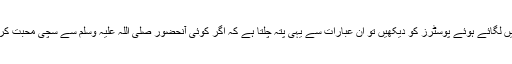
اس جلسہ کا تھیم (Theme) اور جلسہ گاہ میں لگائے ہوئے پوسٹرز کو دیکھیں تو ان عبارات سے یہی پتہ چلتا ہے کہ اگر کوئی آنحضور صلی اللہ علیہ وسلم سے سچی محبت کرتا ہے تو وہ جماعت احمدیہ کے ہی افراد ہیں۔